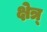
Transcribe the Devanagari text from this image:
क्षेत्र्‍